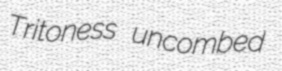
Tritoness uncombed